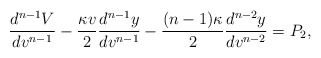
\begin{align*} \frac{d^{n-1}V}{dv^{n-1}}-\frac{\kappa v}{2}\frac{d^{n-1}y}{dv^{n-1}}-\frac{(n-1)\kappa}{2}\frac{d^{n-2}y}{dv^{n-2}}=P_2,\end{align*}